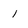
Character: 1